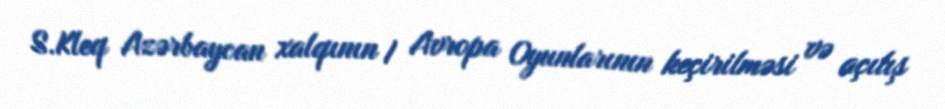
S.Kleq Azərbaycan xalqının I Avropa Oyunlarının keçirilməsi və açılış